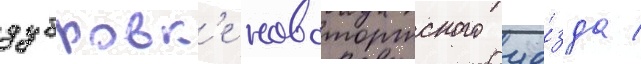
дубровк'е новоторжского уе́зда /